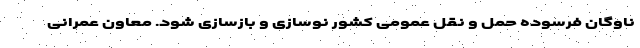
ناوگان فرسوده حمل و نقل عمومی کشور نوسازی و بازسازی شود. معاون عمرانی